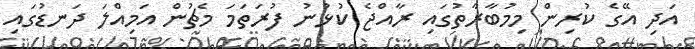
އަދި އޭގެ ކުރިން މިމުބާރާތުގައި ރާއްޖެ ކުޅުނު ފުރަތަމަ މެޗުން އަމިއްލަ ދަނޑުގައި